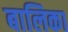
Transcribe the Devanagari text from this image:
बालिका